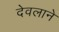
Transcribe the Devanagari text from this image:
देवलाने